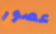
عصور